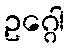
ဥဂ္ဂေါ